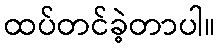
ထပ်တင်ခဲ့တာပါ။